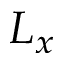
L _ { x }